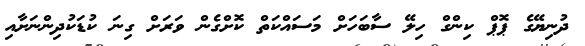
ދުނިޔޭގެ ޕޮޕް ކިންގް ހިލޭ ސާބަހަށް މަސައްކަތް ކޮށްގެން ވަރަށް ގިނަ ކުޑަކުދިންނަށާއި